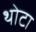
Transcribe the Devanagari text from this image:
थोटा